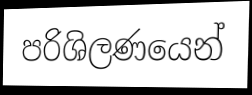
පරිශිලණයෙන්